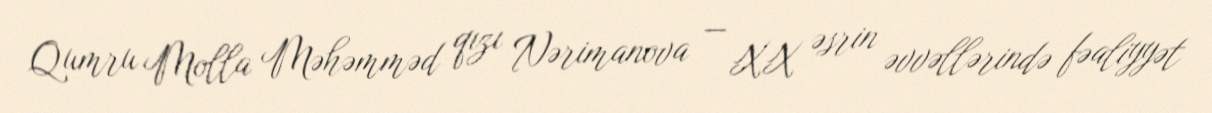
Qumru Molla Məhəmməd qızı Nərimanova — XX əsrin əvvəllərində fəaliyyət